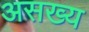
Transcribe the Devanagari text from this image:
असख्य